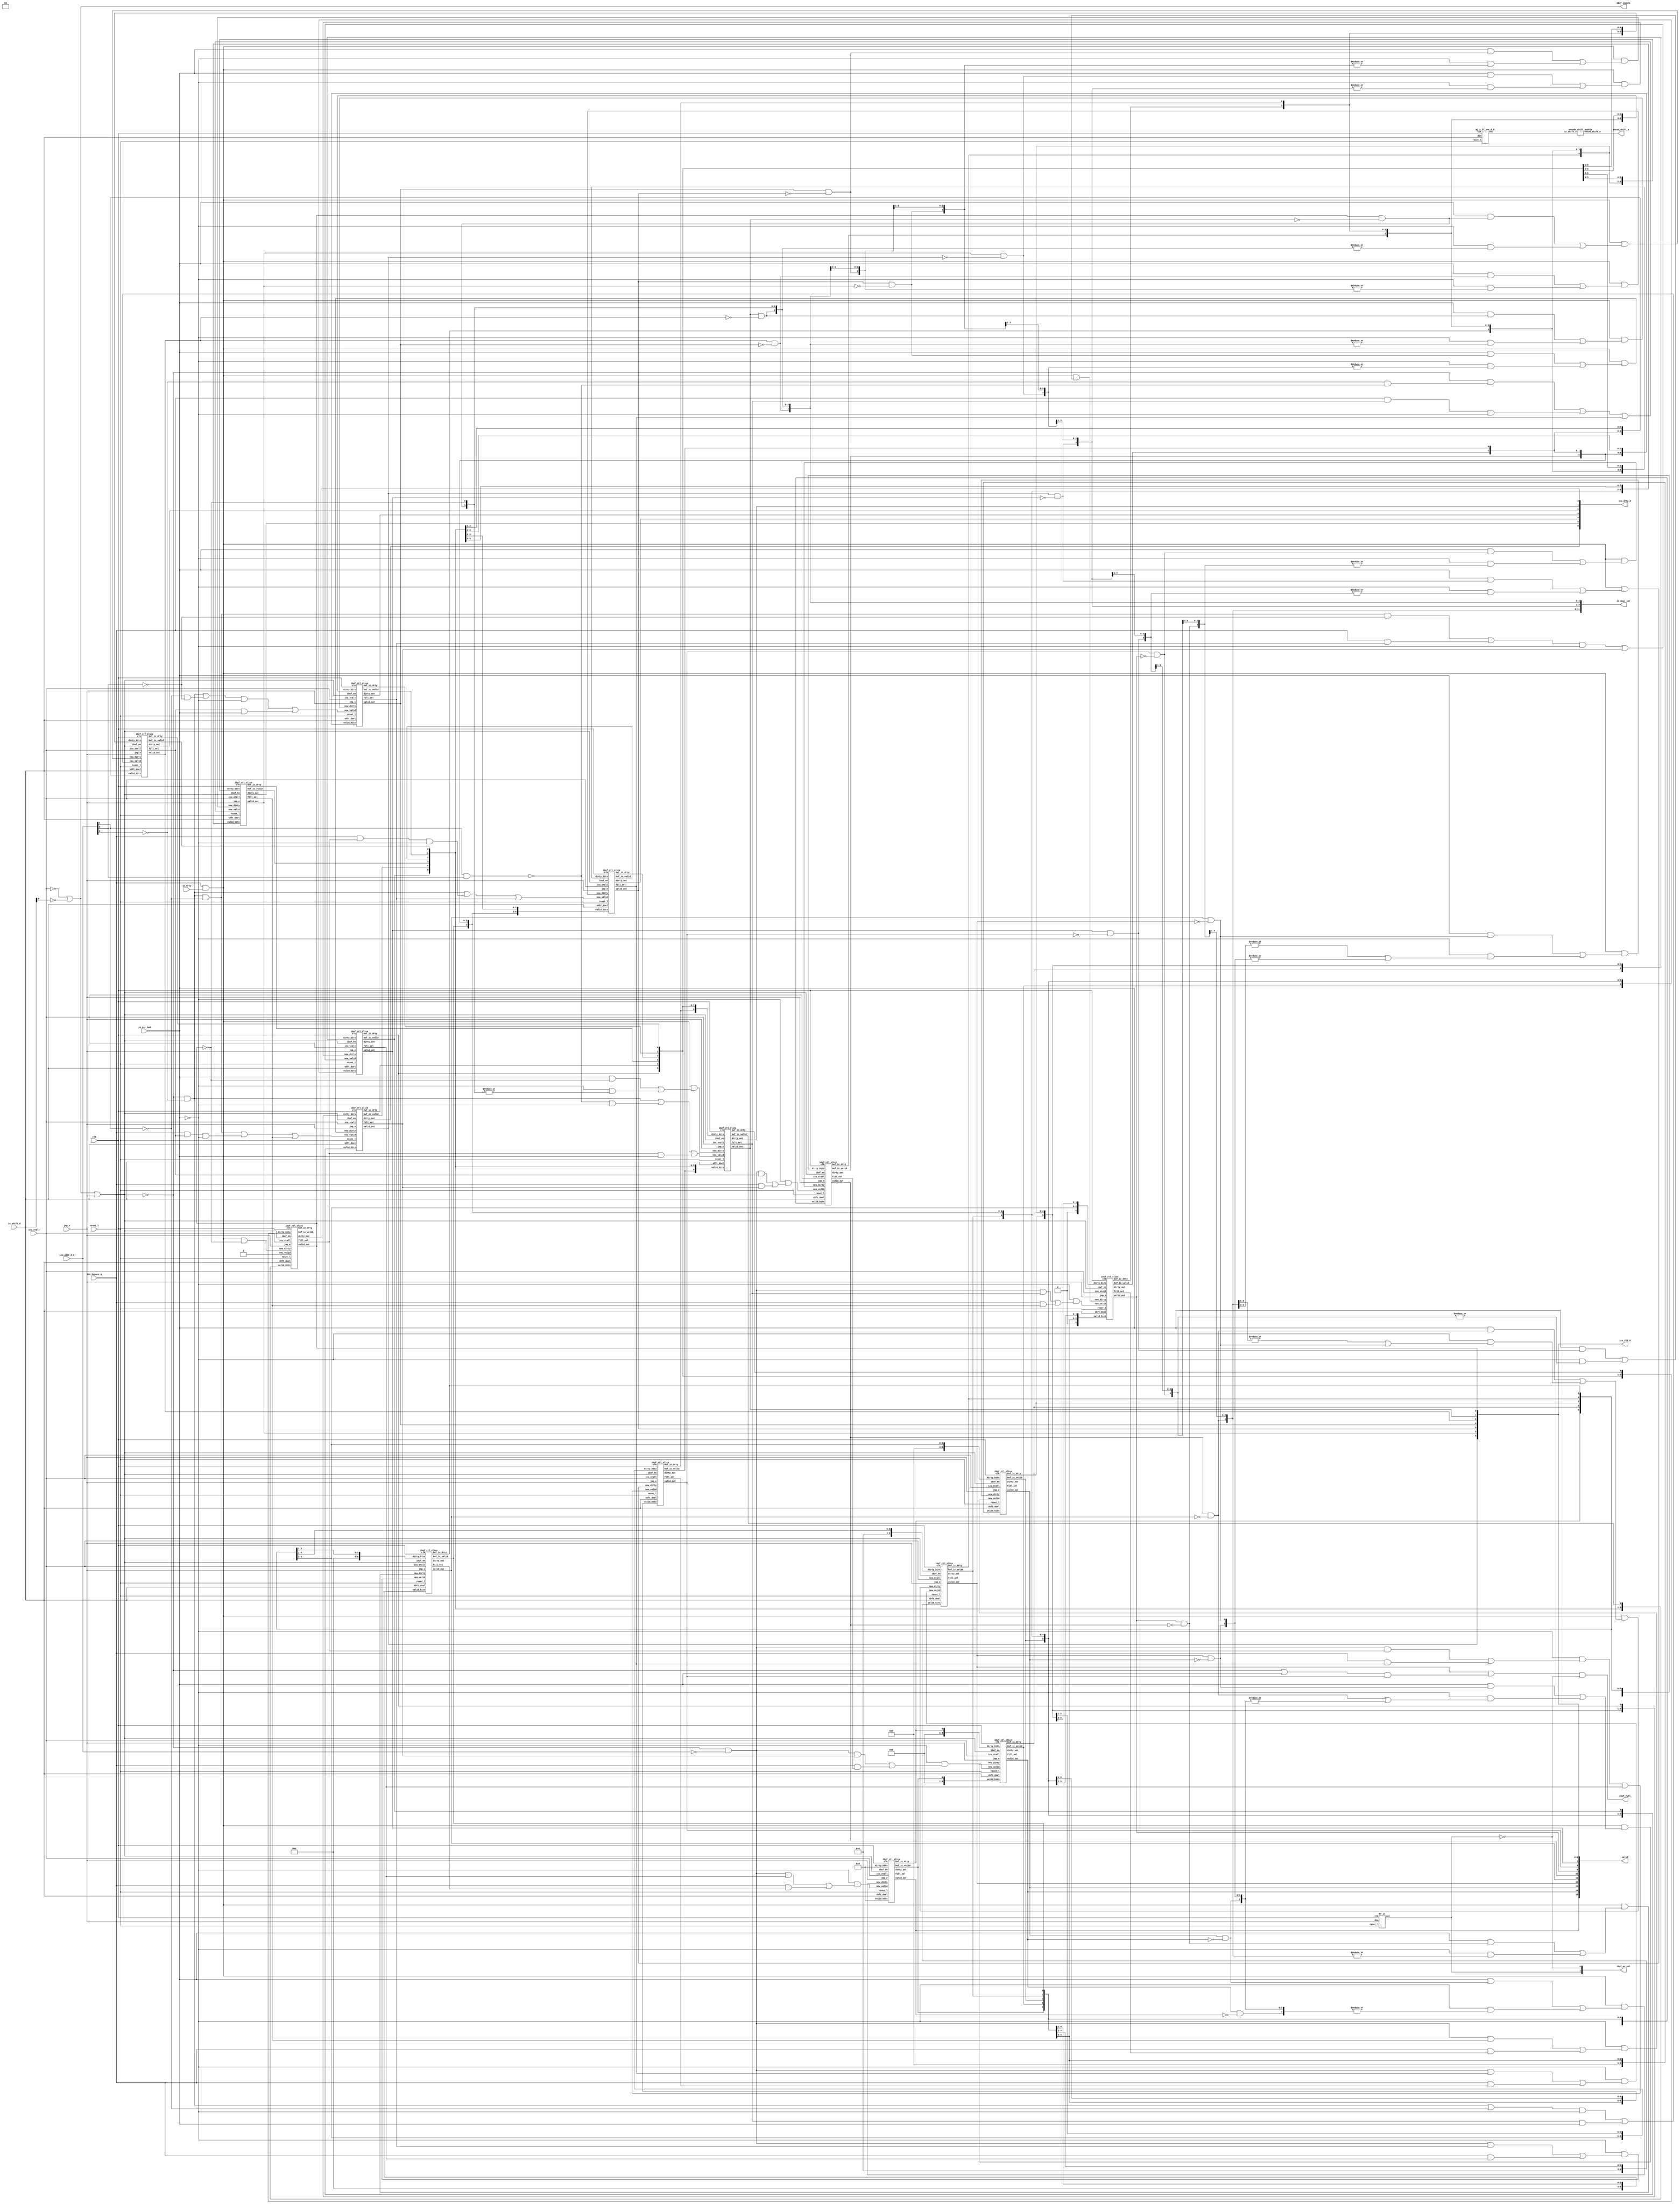
/****************************************************************
 ---------------------------------------------------------------
     Copyright 1999 Sun Microsystems, Inc., 901 San Antonio
     Road, Palo Alto, CA 94303, U.S.A.  All Rights Reserved.
     The contents of this file are subject to the current
     version of the Sun Community Source License, picoJava-II
     Core ("the License").  You may not use this file except
     in compliance with the License.  You may obtain a copy
     of the License by searching for "Sun Community Source
     License" on the World Wide Web at http://www.sun.com.
     See the License for the rights, obligations, and
     limitations governing use of the contents of this file.

     Sun, Sun Microsystems, the Sun logo, and all Sun-based
     trademarks and logos, Java, picoJava, and all Java-based
     trademarks and logos are trademarks or registered trademarks 
     of Sun Microsystems, Inc. in the United States and other
     countries.
 ----------------------------------------------------------------
******************************************************************/





module ibuf_ctl (

	ic_drty,
	icu_stall,
	ibuf_enable,
	ic_dout_sel,
	icu_vld_d,
	icu_drty_d,
	ibuf_full,
	iu_shift_d,
	encod_shift_e,
	icu_addr_2_0,
	ibuf_pc_sel,
	reset_l,
	jmp_e,
	valid,
	iu_psr_bm8,
	icu_bypass_q,
	clk
);

input		ic_drty;		// This bit tells that data from Icache is 	-- From iu
					// dirty
input		icu_stall;		// Ecache miss signal				-- From iu
output	[11:0]	ic_dout_sel;		// These selects will select one of the eight 	-- To ibuff
					// bytes from bypass/icache to ibuffer
					// Icache or following buffers in ibuffer
output	[6:0]	icu_vld_d;		// Valid outputs from the first 5 locations	-- To iu
output	[6:0]	icu_drty_d;		// Dirty outputs from the first 5 locations     -- To iu
output		ibuf_full;		// This tells that Ibuffer is full		-- To iu
input	[7:0]	iu_shift_d;		// This tells how many times data should be	-- From iu
					// shifted
output	[2:0]	encod_shift_e;		// Encoded value of iu_shft_e to be used in ibuffer for
					// calculating the value of the address of the first
					// datum in the ibuffer
input	[2:0]	icu_addr_2_0;		// The lower 3 bits of the PC			-- From iu
output	[1:0]	ibuf_pc_sel;		// This will select either the seq. pc or br pc -- To Ibuffer
output		ibuf_enable;
output	[15:0]	valid;			// Valid bits of ibuffer entries
input		reset_l;
input		jmp_e;
input		iu_psr_bm8;             // 8 bit boot code enable from IU               -- From iu
input		icu_bypass_q;
input		clk;

wire	[3:0]	ic_dout_sel_ext;
wire	[15:0]	dirty;
wire	[15:0]	new_valid;
wire	[15:0]	new_dirty;
wire	[15:0]	buf_ic_valid;
wire	[15:0]	buf_ic_drty;
wire		ibuf_en;
wire		squash_vld;
wire	[15:0]	ic_fill_sel;

assign	ibuf_enable =  !icu_stall |!iu_shift_d[0];
assign	ibuf_en	    =  !icu_stall | !iu_shift_d[0] | jmp_e;




ibuf_ctl_slice	ibuf_ctl_0 (.valid_bits(buf_ic_valid[7:1]),
			.dirty_bits(buf_ic_drty[7:1]),
			.shft_dsel(iu_shift_d[7:0]),
			.valid_out(valid[0]),
			.dirty_out(dirty[0]),
			.buf_ic_drty(buf_ic_drty[0]),
			.buf_ic_valid(buf_ic_valid[0]),
			.jmp_e	(jmp_e),
			.ibuf_en(ibuf_en),
			.icu_stall(icu_stall),
			.fill_sel(ic_fill_sel[0]),
			.new_valid(new_valid[0]),
			.new_dirty(new_dirty[0]),
			.reset_l(reset_l),
			.clk(clk));
			
ibuf_ctl_slice	ibuf_ctl_1 (.valid_bits(buf_ic_valid[8:2]),
			.dirty_bits(buf_ic_drty[8:2]),
			.shft_dsel(iu_shift_d[7:0]),
			.valid_out(valid[1]),
			.dirty_out(dirty[1]),
			.buf_ic_drty(buf_ic_drty[1]),
			.buf_ic_valid(buf_ic_valid[1]),
			.icu_stall(icu_stall),
			.jmp_e	(jmp_e),
			.ibuf_en(ibuf_en),
			.fill_sel(ic_fill_sel[1]),
			.new_valid(new_valid[1]),
			.new_dirty(new_dirty[1]),
			.reset_l(reset_l),
			.clk(clk));

ibuf_ctl_slice  ibuf_ctl_2 (.valid_bits(buf_ic_valid[9:3]),
                        .dirty_bits(buf_ic_drty[9:3]),
                        .shft_dsel(iu_shift_d[7:0]),
			.ibuf_en(ibuf_en),
                        .valid_out(valid[2]),
			.icu_stall(icu_stall),
                        .dirty_out(dirty[2]),
			.buf_ic_drty(buf_ic_drty[2]),
			.buf_ic_valid(buf_ic_valid[2]),
			.fill_sel(ic_fill_sel[2]),
			.jmp_e	(jmp_e),
                        .new_valid(new_valid[2]),
                        .new_dirty(new_dirty[2]),
                        .reset_l(reset_l),
                        .clk(clk));

ibuf_ctl_slice  ibuf_ctl_3 (.valid_bits(buf_ic_valid[10:4]),
                        .dirty_bits(buf_ic_drty[10:4]),
                        .shft_dsel(iu_shift_d[7:0]),
                        .valid_out(valid[3]),
                        .dirty_out(dirty[3]),
			.buf_ic_drty(buf_ic_drty[3]),
			.buf_ic_valid(buf_ic_valid[3]),
			.ibuf_en(ibuf_en),
			.fill_sel(ic_fill_sel[3]),
			.icu_stall(icu_stall),
			.jmp_e	(jmp_e),
                        .new_valid(new_valid[3]),
                        .new_dirty(new_dirty[3]),
                        .reset_l(reset_l),
                        .clk(clk));

ibuf_ctl_slice  ibuf_ctl_4 (.valid_bits(buf_ic_valid[11:5]),
                        .dirty_bits(buf_ic_drty[11:5]),
                        .shft_dsel(iu_shift_d[7:0]),
                        .valid_out(valid[4]),
                        .dirty_out(dirty[4]),
			.buf_ic_drty(buf_ic_drty[4]),
			.buf_ic_valid(buf_ic_valid[4]),
			.jmp_e	(jmp_e),
			.fill_sel(ic_fill_sel[4]),
			.icu_stall(icu_stall),
			.ibuf_en(ibuf_en),
                        .new_valid(new_valid[4]),
                        .new_dirty(new_dirty[4]),
                        .reset_l(reset_l),
                        .clk(clk));

ibuf_ctl_slice  ibuf_ctl_5 (.valid_bits(buf_ic_valid[12:6]),
                        .dirty_bits(buf_ic_drty[12:6]),
                        .shft_dsel(iu_shift_d[7:0]),
                        .valid_out(valid[5]),
                        .dirty_out(dirty[5]),
			.buf_ic_drty(buf_ic_drty[5]),
			.buf_ic_valid(buf_ic_valid[5]),
			.jmp_e	(jmp_e),
			.icu_stall(icu_stall),
			.fill_sel(ic_fill_sel[5]),
                        .new_valid(new_valid[5]),
			.ibuf_en(ibuf_en),
                        .new_dirty(new_dirty[5]),
                        .reset_l(reset_l),
                        .clk(clk));

ibuf_ctl_slice  ibuf_ctl_6 (.valid_bits(buf_ic_valid[13:7]),
                        .dirty_bits(buf_ic_drty[13:7]),
                        .shft_dsel(iu_shift_d[7:0]),
                        .valid_out(valid[6]),
                        .dirty_out(dirty[6]),
			.buf_ic_drty(buf_ic_drty[6]),
			.buf_ic_valid(buf_ic_valid[6]),
                        .new_valid(new_valid[6]),
			.jmp_e	(jmp_e),
			.icu_stall(icu_stall),
			.ibuf_en(ibuf_en),
			.fill_sel(ic_fill_sel[6]),
                        .new_dirty(new_dirty[6]),
                        .reset_l(reset_l),
                        .clk(clk));

ibuf_ctl_slice  ibuf_ctl_7 (.valid_bits(buf_ic_valid[14:8]),
                        .dirty_bits(buf_ic_drty[14:8]),
                        .shft_dsel(iu_shift_d[7:0]),
                        .valid_out(valid[7]),
                        .dirty_out(dirty[7]),
			.buf_ic_drty(buf_ic_drty[7]),
			.buf_ic_valid(buf_ic_valid[7]),
			.jmp_e	(jmp_e),
			.ibuf_en(ibuf_en),
			.icu_stall(icu_stall),
			.fill_sel(ic_fill_sel[7]),
                        .new_valid(new_valid[7]),
                        .new_dirty(new_dirty[7]),
                        .reset_l(reset_l),
                        .clk(clk));

ibuf_ctl_slice  ibuf_ctl_8 (.valid_bits(buf_ic_valid[15:9]),
                        .dirty_bits(buf_ic_drty[15:9]),
                        .shft_dsel(iu_shift_d[7:0]),
                        .valid_out(valid[8]),
                        .dirty_out(dirty[8]),
			.buf_ic_drty(buf_ic_drty[8]),
			.buf_ic_valid(buf_ic_valid[8]),
			.jmp_e	(jmp_e),
			.ibuf_en(ibuf_en),
			.icu_stall(icu_stall),
			.fill_sel(ic_fill_sel[8]),
                        .new_valid(new_valid[8]),
                        .new_dirty(new_dirty[8]),
                        .reset_l(reset_l),
                        .clk(clk));

ibuf_ctl_slice  ibuf_ctl_9 (.valid_bits({1'b0,buf_ic_valid[15:10]}),
                        .dirty_bits({1'b0,buf_ic_drty[15:10]}),
                        .shft_dsel(iu_shift_d[7:0]),
                        .valid_out(valid[9]),
			.jmp_e	(jmp_e),
			.fill_sel(ic_fill_sel[9]),
			.ibuf_en(ibuf_en),
			.icu_stall(icu_stall),
                        .dirty_out(dirty[9]),
			.buf_ic_drty(buf_ic_drty[9]),
			.buf_ic_valid(buf_ic_valid[9]),
                        .new_valid(new_valid[9]),
                        .new_dirty(new_dirty[9]),
                        .reset_l(reset_l),
                        .clk(clk));

ibuf_ctl_slice  ibuf_ctl_10 (.valid_bits({2'b0,buf_ic_valid[15:11]}),
                        .dirty_bits({2'b0,buf_ic_drty[15:11]}),
                        .shft_dsel(iu_shift_d[7:0]),
                        .valid_out(valid[10]),
                        .dirty_out(dirty[10]),
			.buf_ic_drty(buf_ic_drty[10]),
			.buf_ic_valid(buf_ic_valid[10]),
			.fill_sel(ic_fill_sel[10]),
			.jmp_e	(jmp_e),
			.icu_stall(icu_stall),
                        .new_valid(new_valid[10]),
			.ibuf_en(ibuf_en),
                        .new_dirty(new_dirty[10]),
                        .reset_l(reset_l),
                        .clk(clk));

ibuf_ctl_slice  ibuf_ctl_11 (.valid_bits({3'b0,buf_ic_valid[15:12]}),
                        .dirty_bits({3'b0,buf_ic_drty[15:12]}),
                        .shft_dsel(iu_shift_d[7:0]),
                        .valid_out(valid[11]),
                        .dirty_out(dirty[11]),
			.buf_ic_drty(buf_ic_drty[11]),
			.buf_ic_valid(buf_ic_valid[11]),
			.jmp_e	(jmp_e),
			.fill_sel(ic_fill_sel[11]),
			.icu_stall(icu_stall),
			.ibuf_en(ibuf_en),
                        .new_valid(new_valid[11]),
                        .new_dirty(new_dirty[11]),
                        .reset_l(reset_l),
                        .clk(clk));

ibuf_ctl_slice  ibuf_ctl_12 (.valid_bits({4'b0,buf_ic_valid[15:13]}),
                        .dirty_bits({4'b0,buf_ic_drty[15:13]}),
                        .shft_dsel(iu_shift_d[7:0]),
                        .valid_out(valid[12]),
                        .dirty_out(dirty[12]),
			.buf_ic_drty(buf_ic_drty[12]),
			.buf_ic_valid(buf_ic_valid[12]),
			.jmp_e	(jmp_e),
			.fill_sel(ic_fill_sel[12]),
			.icu_stall(icu_stall),
			.ibuf_en(ibuf_en),
                        .new_valid(new_valid[12]),
                        .new_dirty(new_dirty[12]),
                        .reset_l(reset_l),
                        .clk(clk));

ibuf_ctl_slice  ibuf_ctl_13 (.valid_bits({5'b0,buf_ic_valid[15:14]}),
                        .dirty_bits({5'b0,buf_ic_drty[15:14]}),
                        .shft_dsel(iu_shift_d[7:0]),
                        .valid_out(valid[13]),
                        .dirty_out(dirty[13]),
			.buf_ic_drty(buf_ic_drty[13]),
			.buf_ic_valid(buf_ic_valid[13]),
			.jmp_e	(jmp_e),
			.fill_sel(ic_fill_sel[13]),
			.icu_stall(icu_stall),
			.ibuf_en(ibuf_en),
                        .new_valid(new_valid[13]),
                        .new_dirty(new_dirty[13]),
                        .reset_l(reset_l),
                        .clk(clk));

ibuf_ctl_slice  ibuf_ctl_14 (.valid_bits({6'b0,buf_ic_valid[15]}),
                        .dirty_bits({6'b0,buf_ic_drty[15]}),
                        .shft_dsel(iu_shift_d[7:0]),
                        .valid_out(valid[14]),
                        .dirty_out(dirty[14]),
			.buf_ic_drty(buf_ic_drty[14]),
			.buf_ic_valid(buf_ic_valid[14]),
			.jmp_e	(jmp_e),
			.fill_sel(ic_fill_sel[14]),
			.icu_stall(icu_stall),
			.ibuf_en(ibuf_en),
                        .new_valid(new_valid[14]),
                        .new_dirty(new_dirty[14]),
                        .reset_l(reset_l),
                        .clk(clk));

ibuf_ctl_slice  ibuf_ctl_15 (.valid_bits(7'b0),
                        .dirty_bits(7'b0),
                        .shft_dsel(iu_shift_d[7:0]),
                        .valid_out(valid[15]),
                        .dirty_out(dirty[15]),
			.buf_ic_drty(buf_ic_drty[15]),
			.buf_ic_valid(buf_ic_valid[15]),
			.jmp_e	(jmp_e),
			.fill_sel(ic_fill_sel[15]),
			.icu_stall(icu_stall),
			.ibuf_en(ibuf_en),
                        .new_valid(new_valid[15]),
                        .new_dirty(new_dirty[15]),
                        .reset_l(reset_l),
                        .clk(clk));

// New Valid bits generated due to a cache fill

// Use dword_align to avoid filling a word to ibuf when
// the word is not double-word aligned at cache mode.


wire    dword_align  =  (icu_addr_2_0 == 3'b000);

assign	new_valid[0] =  1'b1;

assign	new_valid[1] =  ((!icu_bypass_q & !icu_addr_2_0[2]) | !(icu_addr_2_0[1] & icu_addr_2_0[0])
			 & !iu_psr_bm8)| (ic_fill_sel[0] & iu_psr_bm8);

assign	new_valid[2] =  (((!icu_bypass_q & !icu_addr_2_0[2]) | !icu_addr_2_0[1])
			 & !iu_psr_bm8)| (ic_fill_sel[1] & iu_psr_bm8);

assign	new_valid[3] =  (((!icu_bypass_q & !icu_addr_2_0[2])|(!icu_addr_2_0[1] & !icu_addr_2_0[0]))
                         & !iu_psr_bm8)| (ic_fill_sel[2] & iu_psr_bm8);

assign	new_valid[4] =  ((!icu_bypass_q & !icu_addr_2_0[2]) | 
                         (icu_bypass_q & ic_fill_sel[0] ) 
                         & !iu_psr_bm8) | ic_fill_sel[3];

assign	new_valid[5] =  ((!icu_bypass_q & (!icu_addr_2_0[2] & !(icu_addr_2_0[1] & icu_addr_2_0[0]))) |
                         (icu_bypass_q & ic_fill_sel[1] ) 
                         & !iu_psr_bm8) | ic_fill_sel[4];

assign	new_valid[6] =  ((!icu_bypass_q & !icu_addr_2_0[2] & !icu_addr_2_0[1]) |
                         (icu_bypass_q & ic_fill_sel[2] )
                         & !iu_psr_bm8) | ic_fill_sel[5];

assign	new_valid[7] =  (!icu_bypass_q & !icu_addr_2_0[2] & !icu_addr_2_0[1] & !icu_addr_2_0[0] |
                         icu_bypass_q & ic_fill_sel[3])
                         & !iu_psr_bm8 | ic_fill_sel[6];

assign	new_valid[8] =   !iu_psr_bm8 & (!icu_bypass_q & dword_align &ic_fill_sel[0]  |  
                          icu_bypass_q & ic_fill_sel[4] ) | ic_fill_sel[7]; 

assign	new_valid[9] =   !iu_psr_bm8 & (!icu_bypass_q & dword_align & ic_fill_sel[1] | 
                          icu_bypass_q & ic_fill_sel[5] );

assign	new_valid[10] =  !iu_psr_bm8 & (!icu_bypass_q & dword_align & ic_fill_sel[2] | 
                          icu_bypass_q & ic_fill_sel[6]); 

assign	new_valid[11] =  !iu_psr_bm8 & (!icu_bypass_q & dword_align & ic_fill_sel[3] | 
                          icu_bypass_q & ic_fill_sel[7]); 

assign	new_valid[12] =  !iu_psr_bm8 & (!icu_bypass_q & dword_align & ic_fill_sel[4] | 
                          icu_bypass_q & ic_fill_sel[8]); 

assign	new_valid[13] =  !iu_psr_bm8 & (!icu_bypass_q & dword_align & ic_fill_sel[5] | 
                          icu_bypass_q & ic_fill_sel[9]);

assign	new_valid[14] =  !iu_psr_bm8 & (!icu_bypass_q & dword_align & ic_fill_sel[6] | 
                          icu_bypass_q & ic_fill_sel[10]); 

assign	new_valid[15] =  !iu_psr_bm8 & (!icu_bypass_q & dword_align & ic_fill_sel[7] | 
                          icu_bypass_q & ic_fill_sel[11]); 

// new_dirty[x] will be one if:
//	. ic_dout_sel[x-1] is 1 and iu_psr_bm8 is 1 or
//	. ic_dout_sel[x:x-3] is 1 and !iu_psr_bm8

assign	new_dirty[0] = icu_bypass_q & ic_drty & ic_dout_sel[0];

assign	new_dirty[1] = icu_bypass_q & ic_drty & ( (iu_psr_bm8 & ic_dout_sel[0]) |
						(!iu_psr_bm8 & (|ic_dout_sel[1:0])) );

assign	new_dirty[2] = icu_bypass_q & ic_drty & ( (iu_psr_bm8 & ic_dout_sel[1]) |
						(!iu_psr_bm8 & (|ic_dout_sel[2:0])) );

assign	new_dirty[3] = icu_bypass_q & ic_drty & ( (iu_psr_bm8 & ic_dout_sel[2]) |
						(!iu_psr_bm8 & (|ic_dout_sel[3:0])) );

assign	new_dirty[4] = icu_bypass_q & ic_drty & ( (iu_psr_bm8 & ic_dout_sel[3]) |
						(!iu_psr_bm8 & (|ic_dout_sel[4:1])) );

assign	new_dirty[5] = icu_bypass_q & ic_drty & ( (iu_psr_bm8 & ic_dout_sel[4]) |
						(!iu_psr_bm8 & (|ic_dout_sel[5:2])) );

assign	new_dirty[6] = icu_bypass_q & ic_drty & ( (iu_psr_bm8 & ic_dout_sel[5]) |
						(!iu_psr_bm8 & (|ic_dout_sel[6:3])) );

assign	new_dirty[7] = icu_bypass_q & ic_drty & ( (iu_psr_bm8 & ic_dout_sel[6]) |
						(!iu_psr_bm8 & (|ic_dout_sel[7:4])) );

assign	new_dirty[8] = icu_bypass_q & ic_drty & ( (iu_psr_bm8 & ic_dout_sel[7]) |
						(!iu_psr_bm8 & (|ic_dout_sel[8:5])) );

assign	new_dirty[9] = icu_bypass_q & ic_drty & ( (iu_psr_bm8 & ic_dout_sel[8]) |
						(!iu_psr_bm8 & (|ic_dout_sel[9:6])) );

assign	new_dirty[10] = icu_bypass_q & ic_drty & ( (iu_psr_bm8 & ic_dout_sel[9]) |
						(!iu_psr_bm8 & (|ic_dout_sel[10:7])) );

assign	new_dirty[11] = icu_bypass_q & ic_drty & ( (iu_psr_bm8 & ic_dout_sel[10]) |
						(!iu_psr_bm8 & (|ic_dout_sel[11:8])) );

assign	new_dirty[12] = icu_bypass_q & ic_drty & ( (iu_psr_bm8 & ic_dout_sel[11]) |
						(!iu_psr_bm8 & (|ic_dout_sel[11:9] |
								ic_dout_sel_ext[0]) ));

assign	new_dirty[13] = icu_bypass_q & ic_drty & ( (iu_psr_bm8 & ic_dout_sel_ext[0]) |
						(!iu_psr_bm8 & (|ic_dout_sel[11:10] | 
								(|ic_dout_sel_ext[1:0]))) );

assign	new_dirty[14] = icu_bypass_q & ic_drty & ( (iu_psr_bm8 & ic_dout_sel_ext[1]) |
						(!iu_psr_bm8 & (ic_dout_sel[11] | 
								(|ic_dout_sel_ext[2:0]))) );

assign	new_dirty[15] = icu_bypass_q & ic_drty & ( (iu_psr_bm8 & ic_dout_sel_ext[2]) |
						(!iu_psr_bm8 & (|ic_dout_sel_ext[3:0])) );

// To locate the first location of cache fill.
// ex: ic_dout_sel[x] indicates the first byte of data from cache will be written into x location
// of ibuffer.
assign ic_dout_sel[0]  = !valid[0];
assign ic_dout_sel[1]  = valid[0]&!valid[1] ;
assign ic_dout_sel[2]  = valid[1]&!valid[2] ;
assign ic_dout_sel[3]  = valid[2]&!valid[3] ;
assign ic_dout_sel[4]  = valid[3]&!valid[4] ;
assign ic_dout_sel[5]  = valid[4]&!valid[5] ;
assign ic_dout_sel[6]  = valid[5]&!valid[6] ;
assign ic_dout_sel[7]  = valid[6]&!valid[7] ;
assign ic_dout_sel[8]  = valid[7]&!valid[8] ;
assign ic_dout_sel[9]  = valid[8]&!valid[9] ;
assign ic_dout_sel[10] = valid[9]&!valid[10] ;
assign ic_dout_sel[11] = valid[10]&!valid[11] ;
assign ic_dout_sel_ext[0] = valid[11]&!valid[12] ;
assign ic_dout_sel_ext[1] = valid[12]&!valid[13] ;
assign ic_dout_sel_ext[2] = valid[13]&!valid[14] ;
assign ic_dout_sel_ext[3] = valid[14]&!valid[15] ;

// Generate ibuf_full signal:
//

// mj_h_mux8  ibuf_full_mux1 (	.mx_out(curr_valid_bit),
//				.in0(valid[8]),
//				.in1(valid[9]),
//				.in2(valid[10]),
//				.in3(valid[11]),
//				.in4(valid[12]),
//				.in5(valid[13]),
//				.in6(valid[14]),
//				.in7(valid[15]),
//				.sel(iu_shift_d[7:0]),
//				.sel_l(~iu_shift_d[7:0])
//				);
//
// wire    curr_valid_bit_bypass;
//
// mj_h_mux8  ibuf_full_mux2 (	.mx_out(curr_valid_bit_bypass),
//				.in0(valid[12]),
//				.in1(valid[13]),
//				.in2(valid[14]),
//				.in3(valid[15]),
//				.in4(1'b0),
//				.in5(1'b0),
//				.in6(1'b0),
//				.in7(1'b0),
//				.sel(iu_shift_d[7:0]),
//				.sel_l(~iu_shift_d[7:0])
//				);

// Single byte mode is not optimized for performance
// To simplify the design, ibuf_full is asserted when
// when ibuffer is half full at boot mode.

// assign ibuf_full  = (curr_valid_bit_bypass | 
//                     (!icu_bypass_q & curr_valid_bit & icu_hit) |
//                     (iu_psr_bm8 & curr_valid_bit) ) & !squash_vld;

ff_sr	squash_vld_reg(.out(squash_vld),
			.din(jmp_e),
			.clk(clk),
			.reset_l(reset_l));

 assign ibuf_full  = (valid[12]|(!icu_bypass_q|iu_psr_bm8) & valid[8]) & !squash_vld;

// Generate  icu_vld_d and icu_drty_d outputs

assign icu_vld_d[6:0] = valid[6:0] ; 
assign icu_drty_d[6:0] = dirty[6:0];


// Generate encod_shift_e, instead of encod_shift_d
// to improve timing for the path shift 

wire [7:0] iu_shift_e;

mj_s_ff_snr_d_8 iu_shift_e_reg (	.out(iu_shift_e[7:0]),
				        .din(iu_shift_d[7:0]),
				        .clk(clk),
			        	.reset_l(reset_l)
					);

wire [2:0] encod_shift_e;

encode_shift_module i_encode_shift_module
                    (.iu_shift_e(iu_shift_e),
		     .encod_shift_e(encod_shift_e)
                    );

// Generate ibuf_pc_sel

assign ibuf_pc_sel[1]	=  squash_vld;
assign ibuf_pc_sel[0]	= !squash_vld;



endmodule // ibuf_ctl


module encode_shift_module( iu_shift_e, encod_shift_e); 

input [7:0] iu_shift_e;
output [2:0] encod_shift_e;

assign encod_shift_e =
    iu_shift_e == 8'b0000000x ? 3'b000 :
    iu_shift_e == 8'b00000010 ? 3'b001 :
    iu_shift_e == 8'b00000100 ? 3'b010 :
    iu_shift_e == 8'b00001000 ? 3'b011 :
    iu_shift_e == 8'b00010000 ? 3'b100 :
    iu_shift_e == 8'b00100000 ? 3'b101 :
    iu_shift_e == 8'b01000000 ? 3'b110 :
    iu_shift_e == 8'b10000000 ? 3'b111 : 3'b000;

endmodule // encode_shift_module
		

/****************************************************************
***     This module defines one slice ibuffer control which will
***     be instantiated in the ibuffer control.
****************************************************************/

module ibuf_ctl_slice (

	valid_bits,
	dirty_bits,
	shft_dsel,
	valid_out,
	dirty_out,
	new_valid,
	icu_stall,
	fill_sel,
	ibuf_en,
	new_dirty,
	buf_ic_drty,
	buf_ic_valid,
	jmp_e,
	reset_l,
	clk
);

input	[6:0]	valid_bits;		// Valid bits from the following 7 buffers	-- From ibuf_ctl
input	[6:0]	dirty_bits;		// Dirty bits from the following 7 buffers	-- From ibuf_ctl
					// until Icache is accessed succesfully
input	[7:0]	shft_dsel;		// These selects will determine which of the    -- From ibuf_ctl
                                        // following 7 valid bits will be selected
					// The last bit indicates that it's a stall
input		jmp_e;
input		ibuf_en;
input		icu_stall;
output		fill_sel;
output		valid_out;		// Valid bit o/p
output		dirty_out;		// Dirty bit o/p
input		new_valid;		// Internal control signal
					// icache or follwoing 5 buffers
input		new_dirty;			// This indicates that Icache data is dirty	-- From iu
output		buf_ic_drty;
output		buf_ic_valid;
input		reset_l;
input		clk;

	
wire	valid_in;
wire	dirty_in;

// buf_ic_valid is one if either teh current ibuffer entry is valid
// or the icache entry into the current one is valid

assign buf_ic_valid = (valid_out | new_valid&!icu_stall);
assign buf_ic_drty = (dirty_out | new_dirty&!icu_stall);

mux8  valid_mux (	.out(valid_in),
			.in0(buf_ic_valid),
			.in1(valid_bits[0]),
			.in2(valid_bits[1]),
			.in3(valid_bits[2]),
			.in4(valid_bits[3]),
			.in5(valid_bits[4]),
			.in6(valid_bits[5]),
			.in7(valid_bits[6]),
			.sel(shft_dsel)
			);

mux8  dirty_mux (	.out(dirty_in),
			.in0(buf_ic_drty),	
			.in1(dirty_bits[0]),	
			.in2(dirty_bits[1]),	
			.in3(dirty_bits[2]),	
			.in4(dirty_bits[3]),	
			.in5(dirty_bits[4]),	
			.in6(dirty_bits[5]),	
			.in7(dirty_bits[6]),	
			.sel(shft_dsel)
			);

// If shifted bit is not 1
assign	fill_sel  =  valid_out ;

mj_s_ff_snre_d  valid_flop (	.out(valid_out),
				.in(valid_in&!jmp_e),
				.clk(clk),
				.reset_l(reset_l),
				.lenable(ibuf_en)
				);

mj_s_ff_snre_d  dirty_flop (	.out(dirty_out),
				.in(dirty_in&!jmp_e),
				.clk(clk),
				.reset_l(reset_l),
				.lenable(ibuf_en)
				);

endmodule // ibuf_ctl_slice


module ff_sr(out, din, reset_l, clk) ;
    output   out;
    input    din;
    input    clk;
    input    reset_l;
 
mj_s_ff_snr_d  mj_s_ff_snr_d_0 (        .out(out),
                                        .in(din),
                                        .reset_l(reset_l),
                                        .clk(clk)
                                        );
endmodule // ff_sr


module mj_s_ff_snre_d(out,in, lenable,reset_l, clk);
output out;
input clk;
input lenable;
input reset_l;
input in;

reg out;

initial out = 0;

always @(posedge clk)
        if (~reset_l) 
	out = 1'b0;
	else
    	if (lenable)
            out = in;
        else
            out = out;

endmodule // mj_s_ff_snre_d


module mj_s_ff_snr_d(out,in, reset_l, clk);
output out;
input clk;
input reset_l;
input in;

reg out;

initial out = 0;

always @(posedge clk)
        if (~reset_l)
            out = 1'b0;
        else
            out = in;

endmodule // mj_s_ff_snr_d


module mj_s_ff_s_d(out,in, clk);
output out;
input clk;
input in;

reg out;

initial out = 0;

always @(posedge clk)
            out = in;

endmodule // mj_s_ff_s_d


module mj_s_ff_snr_d_8 (out, din, reset_l,clk);
    output  [7:0]  out;
    input   [7:0]  din;
    input           clk;
    input           reset_l;

    mj_s_ff_snr_d    mj_s_ff_snr_d_0(.out(out[0]), .in(din[0]), .reset_l(reset_l),.clk(clk));
    mj_s_ff_snr_d    mj_s_ff_snr_d_1(.out(out[1]), .in(din[1]), .reset_l(reset_l),.clk(clk));
    mj_s_ff_snr_d    mj_s_ff_snr_d_2(.out(out[2]), .in(din[2]), .reset_l(reset_l),.clk(clk));
    mj_s_ff_snr_d    mj_s_ff_snr_d_3(.out(out[3]), .in(din[3]), .reset_l(reset_l),.clk(clk));
    mj_s_ff_snr_d    mj_s_ff_snr_d_4(.out(out[4]), .in(din[4]), .reset_l(reset_l),.clk(clk));
    mj_s_ff_snr_d    mj_s_ff_snr_d_5(.out(out[5]), .in(din[5]), .reset_l(reset_l),.clk(clk));
    mj_s_ff_snr_d    mj_s_ff_snr_d_6(.out(out[6]), .in(din[6]), .reset_l(reset_l),.clk(clk));
    mj_s_ff_snr_d    mj_s_ff_snr_d_7(.out(out[7]), .in(din[7]), .reset_l(reset_l),.clk(clk));

endmodule // mj_s_ff_snr_d_8


module mux8 (
    out,
    in7,
    in6,
    in5,
    in4,
    in3,
    in2,
    in1,
    in0,
    sel
    );

    output out;
    input in7;
    input in6;
    input in5;
    input in4;
    input in3;
    input in2;
    input in1;
    input in0;
    input [7:0] sel;

assign out =
    sel[7] ? in7 :
    sel[6] ? in6 :
    sel[5] ? in5 :
    sel[4] ? in4 :
    sel[3] ? in3 :
    sel[2] ? in2 :
    sel[1] ? in1 :
    sel[0] ? in0 : 1'b0;

endmodule // mux8